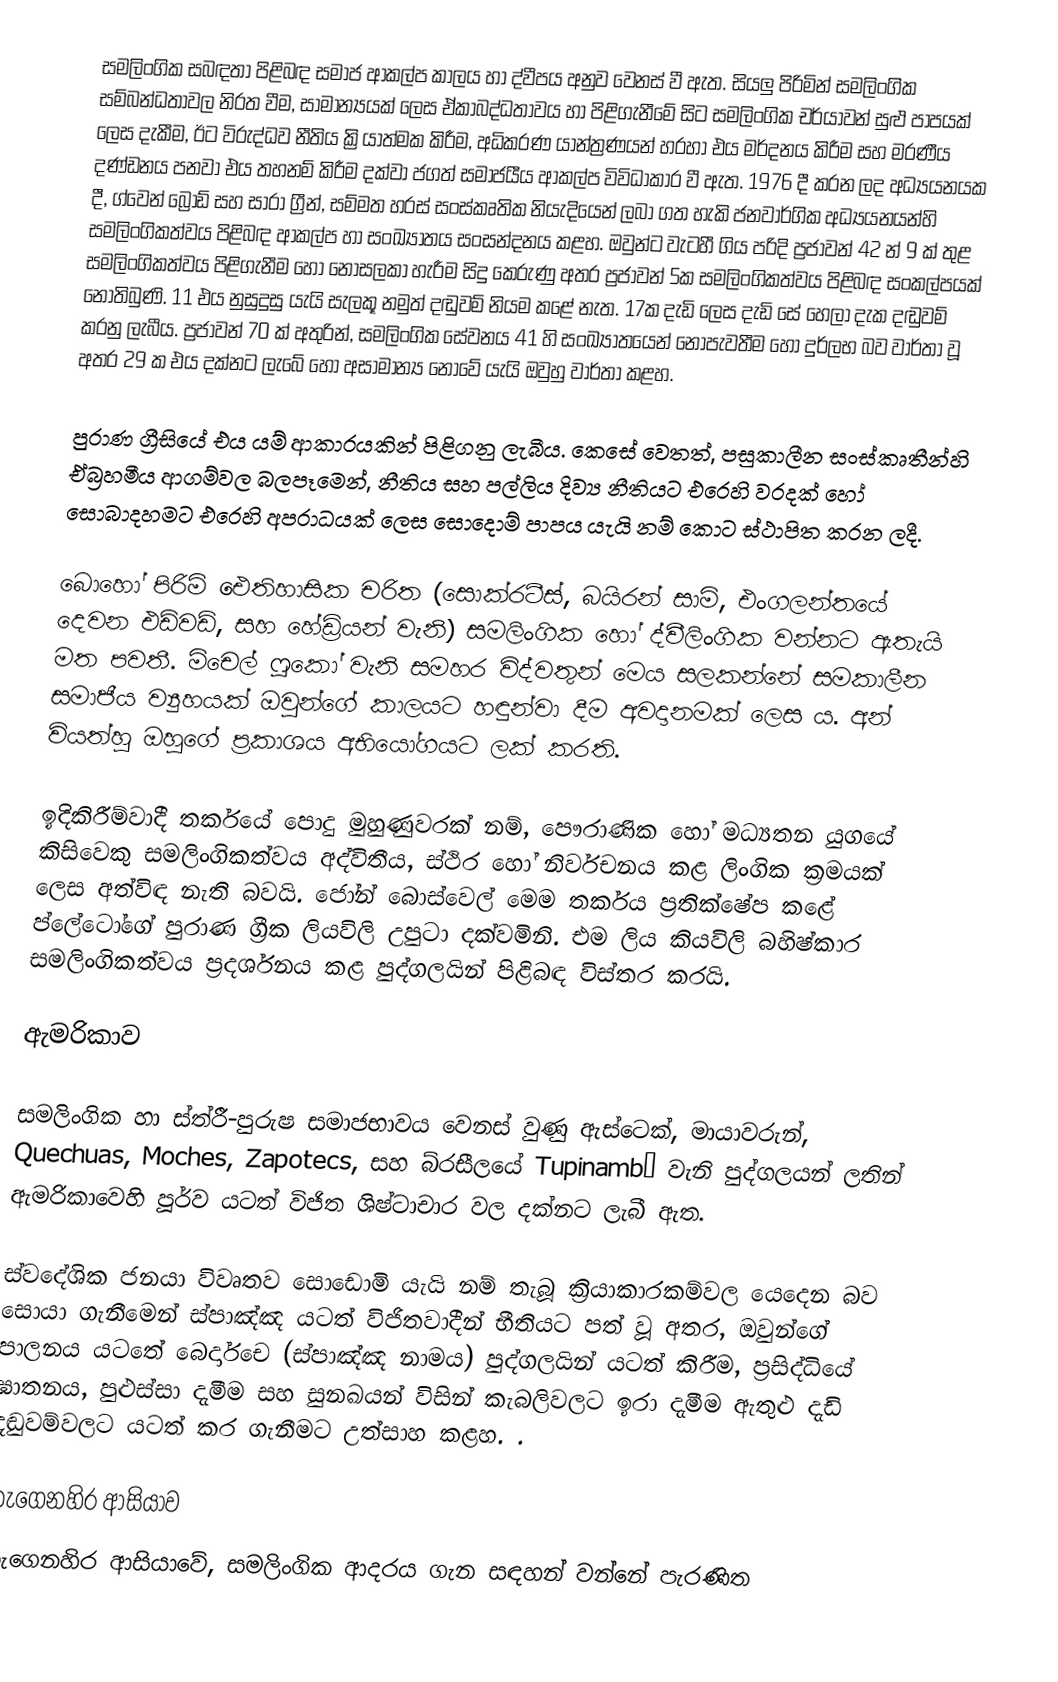
සමලිංගික සබඳතා පිළිබඳ සමාජ ආකල්ප කාලය හා ද්වීපය අනුව වෙනස් වී ඇත. සියලු පිරිමින් සමලිංගික සම්බන්ධතාවල නිරත වීම, සාමාන්‍යයක් ලෙස ඒකාබද්ධතාවය හා පිළිගැනීමේ සිට සමලිංගික චර්යාවන් සුළු පාපයක් ලෙස දැකීම, ඊට විරුද්ධව නීතිය ක්‍රියාත්මක කිරීම, අධිකරණ යාන්ත්‍රණයන් හරහා එය මර්දනය කිරීම සහ මරණීය දණ්ඩනය පනවා එය තහනම් කිරීම දක්වා ජගත් සමාජයීය ආකල්ප විවිධාකාර වී ඇත. 1976 දී කරන ලද අධ්‍යයනයක දී, ග්වෙන් බ්‍රෝඩ් සහ සාරා ග්‍රීන්, සම්මත හරස් සංස්කෘතික නියැදියෙන් ලබා ගත හැකි ජනවාර්ගික අධ්‍යයනයන්හි සමලිංගිකත්වය පිළිබඳ ආකල්ප හා සංඛ්‍යාතය සංසන්දනය කළහ. ඔවුන්ට වැටහී ගිය පරිදි ප්‍රජාවන් 42 න් 9 ක් තුළ සමලිංගිකත්වය පිළිගැනීම හෝ නොසලකා හැරීම සිදු කෙරුණු අතර ප්‍රජාවන් 5ක සමලිංගිකත්වය පිළිබඳ සංකල්පයක් නොතිබුණි. 11 එය නුසුදුසු යැයි සැලකූ නමුත් දඬුවම් නියම කළේ නැත. 17ක දැඩි ලෙස දැඩි සේ හෙලා දැක දඬුවම් කරනු ලැබීය. ප්‍රජාවන් 70 ක් අතුරින්, සමලිංගික සේවනය 41 හි සංඛ්‍යාතයෙන් නොපැවතීම හෝ දුර්ලභ බව වාර්තා වූ අතර 29 ක එය දක්නට ලැබේ හෝ අසාමාන්‍ය නොවේ යැයි ඔවුහු වාර්තා කළහ.

පුරාණ ග්‍රීසියේ එය යම් ආකාරයකින් පිළිගනු ලැබීය. කෙසේ වෙතත්, පසුකාලීන සංස්කෘතීන්හි ඒබ්‍රහමීය ආගම්වල බලපෑමෙන්, නීතිය සහ පල්ලිය දිව්‍ය නීතියට එරෙහි වරදක් හෝ සොබාදහමට එරෙහි අපරාධයක් ලෙස සොදොම් පාපය යැයි නම් කොට ස්ථාපිත කරන ලදී.

බොහෝ පිරිමි ඓතිහාසික චරිත (සොක්රටීස්, බයිරන් සාමි, එංගලන්තයේ දෙවන එඩ්වඩ්, සහ හේඩ්‍රියන්  වැනි) සමලිංගික හෝ ද්වීලිංගික වන්නට ඇතැයි මත පවතී. මිචෙල් ෆූකෝ වැනි සමහර විද්වතුන් මෙය සලකන්නේ සමකාලීන සමාජීය ව්‍යුහයක් ඔවුන්ගේ කාලයට හඳුන්වා දීම අවදානමක් ලෙස ය.  අන් වියත්හු ඔහුගේ ප්‍රකාශය අභියෝගයට ලක් කරති.

ඉදිකිරීම්වාදී තර්කයේ පොදු මුහුණුවරක් නම්, පෞරාණික හෝ මධ්‍යතන යුගයේ කිසිවෙකු සමලිංගිකත්වය අද්විතීය, ස්ථිර හෝ නිර්වචනය කළ ලිංගික ක්‍රමයක් ලෙස අත්විඳ නැති බවයි. ජෝන් බොස්වෙල් මෙම තර්කය ප්‍රතික්ෂේප කළේ ප්ලේටෝගේ පුරාණ ග්‍රීක ලියවිලි උපුටා දක්වමිනි.  එම ලිය කියවිලි බහිෂ්කාර සමලිංගිකත්වය ප්‍රදර්ශනය කළ පුද්ගලයින්  පිළිබඳ විස්තර කරයි.

ඇමරිකාව

සමලිංගික හා ස්ත්රී-පුරුෂ සමාජභාවය වෙනස් වුණු ඇස්ටෙක්, මායාවරුන්, Quechuas, Moches, Zapotecs, සහ බ්රසීලයේ Tupinambá වැනි පුද්ගලයන් ලතින් ඇමරිකාවෙහි පූර්ව යටත් විජිත ශිෂ්ටාචාර වල දක්නට ලැබී ඇත.

ස්වදේශික ජනයා විවෘතව සොඩොමි යැයි නම් තැබූ ක්‍රියාකාරකම්වල යෙදෙන බව සොයා ගැනීමෙන් ස්පාඤ්ඤ යටත් විජිතවාදීන් භීතියට පත් වූ අතර, ඔවුන්ගේ පාලනය යටතේ බෙර්දාචෙ (ස්පාඤ්ඤ නාමය) පුද්ගලයින් යටත් කිරීම, ප්‍රසිද්ධියේ ඝාතනය, පුළුස්සා දැමීම සහ සුනඛයන් විසින් කැබලිවලට ඉරා දැමීම ඇතුළු දැඩි දඬුවම්වලට යටත් කර ගැනීමට උත්සාහ කළහ. .

නැගෙනහිර ආසියාව
නැගෙනහිර ආසියාවේ, සමලිංගික ආදරය ගැන සඳහන් වන්නේ පැරණිත